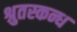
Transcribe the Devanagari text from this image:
श्रुतस्कन्ध